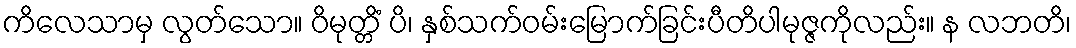
ကိလေသာမှ လွတ်သော။ ဝိမုတ္တိံ ပိ၊ နှစ်သက်ဝမ်းမြောက်ခြင်းပီတိပါမုဇ္ဇကိုလည်း။ န လဘတိ၊